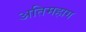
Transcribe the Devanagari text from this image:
अतिमहाग